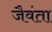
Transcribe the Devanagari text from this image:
जैवंता